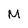
Character: M